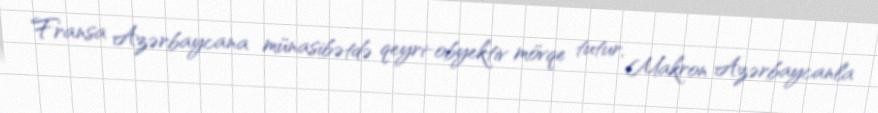
Fransa Azərbaycana münasibətdə qeyri-obyektiv mövqe tutur, Makron Azərbaycanla